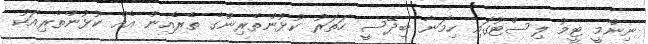
ނިންމީ ޓީމު ލިސްޓުގައި ހިމަނާ ބިދޭސީ ހަތަރު ކުޅުންތެރިންގެ ތެރެއިން އެއް ކުޅުންތެރިއަކު